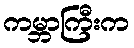
ကမ္ဘာကြီးက